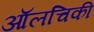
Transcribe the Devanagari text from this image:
ऑलचिकी